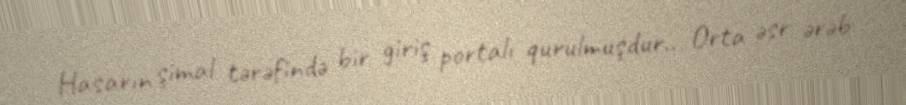
Hasarın şimal tərəfində bir giriş portalı qurulmuşdur.. Orta əsr ərəb